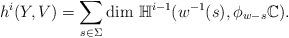
LaTeX: \begin{align*}h^i(Y,V) = \sum_{s \in \Sigma} \dim\, \mathbb{H}^{i-1}(w^{-1}(s),\phi_{w-s}\mathbb{C}).\end{align*}